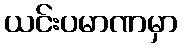
ယင်းပမာဏမှာ